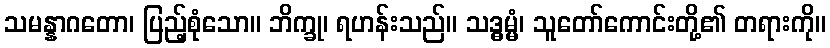
သမန္နာဂတော၊ ပြည့်စုံသော။ ဘိက္ခု၊ ရဟန်းသည်။ သဒ္ဓမ္မံ၊ သူတော်ကောင်းတို့၏ တရားကို။